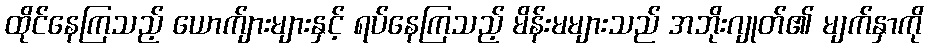
ထိုင်နေကြသည့် ယောက်ျားများနှင့် ရပ်နေကြသည့် မိန်းမများသည် အဘိုးဂျုတ်၏ မျက်နှာကို